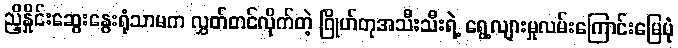
ညှိနှိုင်းဆွေးနွေးရုံသာမက လွှတ်တင်လိုက်တဲ့ ဂြိုဟ်တုအသီးသီးရဲ့ ရွေ့လျားမှုလမ်းကြောင်းမြေပုံ